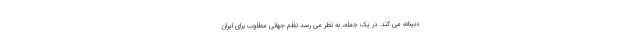
دبینانه می کند. در یک جمله، به نظر می رسد نظم جهانی مطلوب برای ایران